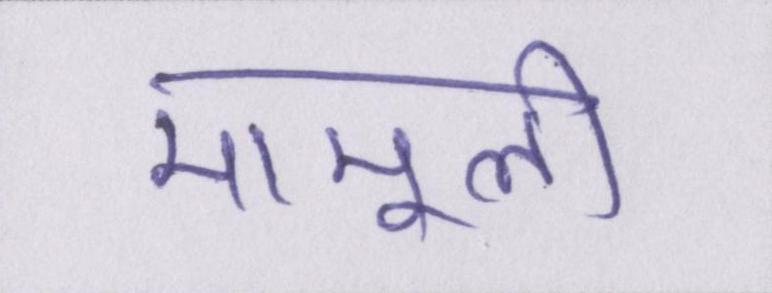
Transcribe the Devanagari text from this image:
मामूली